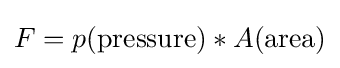
F=p({\text{pressure}})*A({\text{area}})